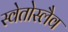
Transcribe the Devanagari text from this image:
स्वेतोस्लैव